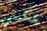
يمكنني